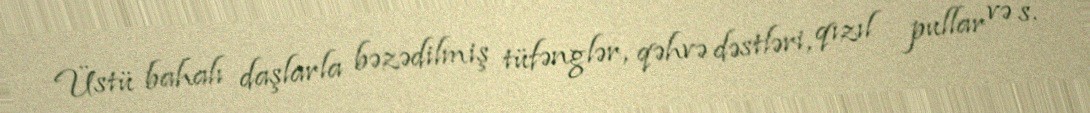
Üstü bahalı daşlarla bəzədilmiş tüfənglər, qəhvə dəstləri, qızıl pullar və s.